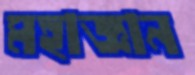
মহাজ্ঞান